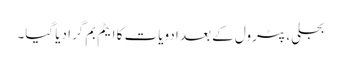
بجلی، پٹرول کے بعد ادویات کا ایٹم بم گرا دیا گیا۔